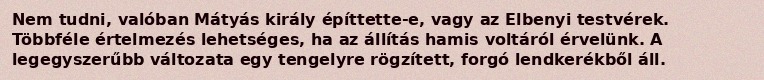
Nem tudni, valóban Mátyás király építtette-e, vagy az Elbenyi testvérek. Többféle értelmezés lehetséges, ha az állítás hamis voltáról érvelünk. A legegyszerűbb változata egy tengelyre rögzített, forgó lendkerékből áll.